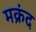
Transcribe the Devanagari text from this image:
मक्रंद